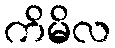
ကိမိလ